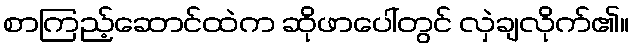
စာကြည့်ဆောင်ထဲက ဆိုဖာပေါ်တွင် လှဲချလိုက်၏။